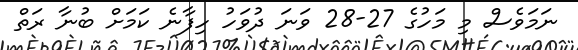
ނަމަވެސް މި މަހުގެ 27-28 ވަނަ ދުވަހު ހިފާނެ ކަމަށް ބުނާ ރަތް